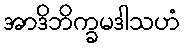
အာဒိဘိက္ခမဒါသဟံ